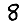
Digit: 8